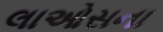
લાઓસના